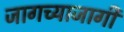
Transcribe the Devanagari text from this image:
जागच्याजागी